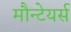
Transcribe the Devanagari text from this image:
मौन्टेयर्स